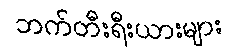
ဘက်တီးရီးယားများ